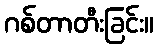
ဂစ်တာတီးခြင်း။